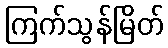
ကြက်သွန်မြိတ်